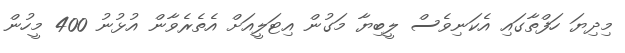
މިދިޔަ ހަފްތާގައި އެކަނިވެސް ލީބިޔާ މަގުން އިޓަލީއަށް އެތެރެވާން އުޅުނު 400 މީހުން